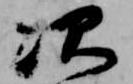
次